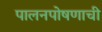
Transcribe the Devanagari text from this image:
पालनपोषणाची